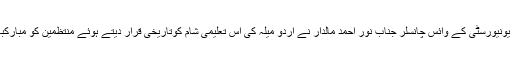
یادگار تعلیمی شام کے صدر سولاپور یونیورسٹی کے وائس چانسلر جناب نور احمد مالدار نے اُردو میلہ کی اس تعلیمی شام کوتاریخی قرار دیتے ہوئے منتظمین کو مبارکباد دی اور نیک خواہشات کا اظہار کیا۔